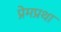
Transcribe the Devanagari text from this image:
प्रेमप्रथा